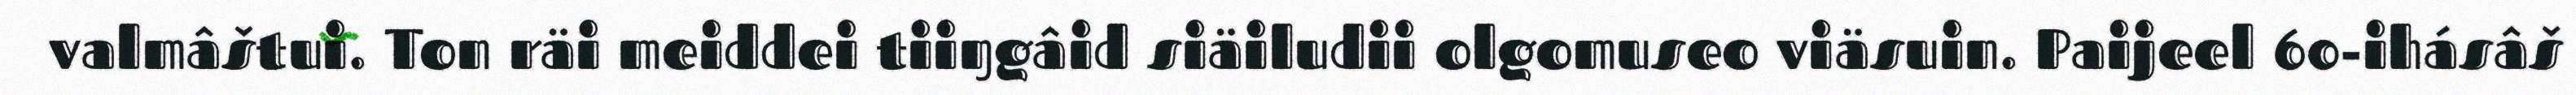
valmâštui. Ton räi meiddei tiiŋgâid siäiludii olgomuseo viäsuin. Paijeel 60-ihásâš